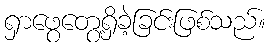
ရှာဖွေတွေ့ရှိခဲ့ခြင်းဖြစ်သည်။